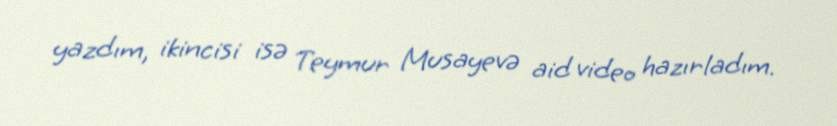
yazdım, ikincisi isə Teymur Musayevə aid video hazırladım.